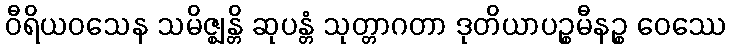
ဝီရိယဝသေန သမိဇ္ဈန္တိ ဆုပန္တံ သုတ္တာဂတာ ဒုတိယာပဉ္စမီနဉ္စ ဝေဿေ